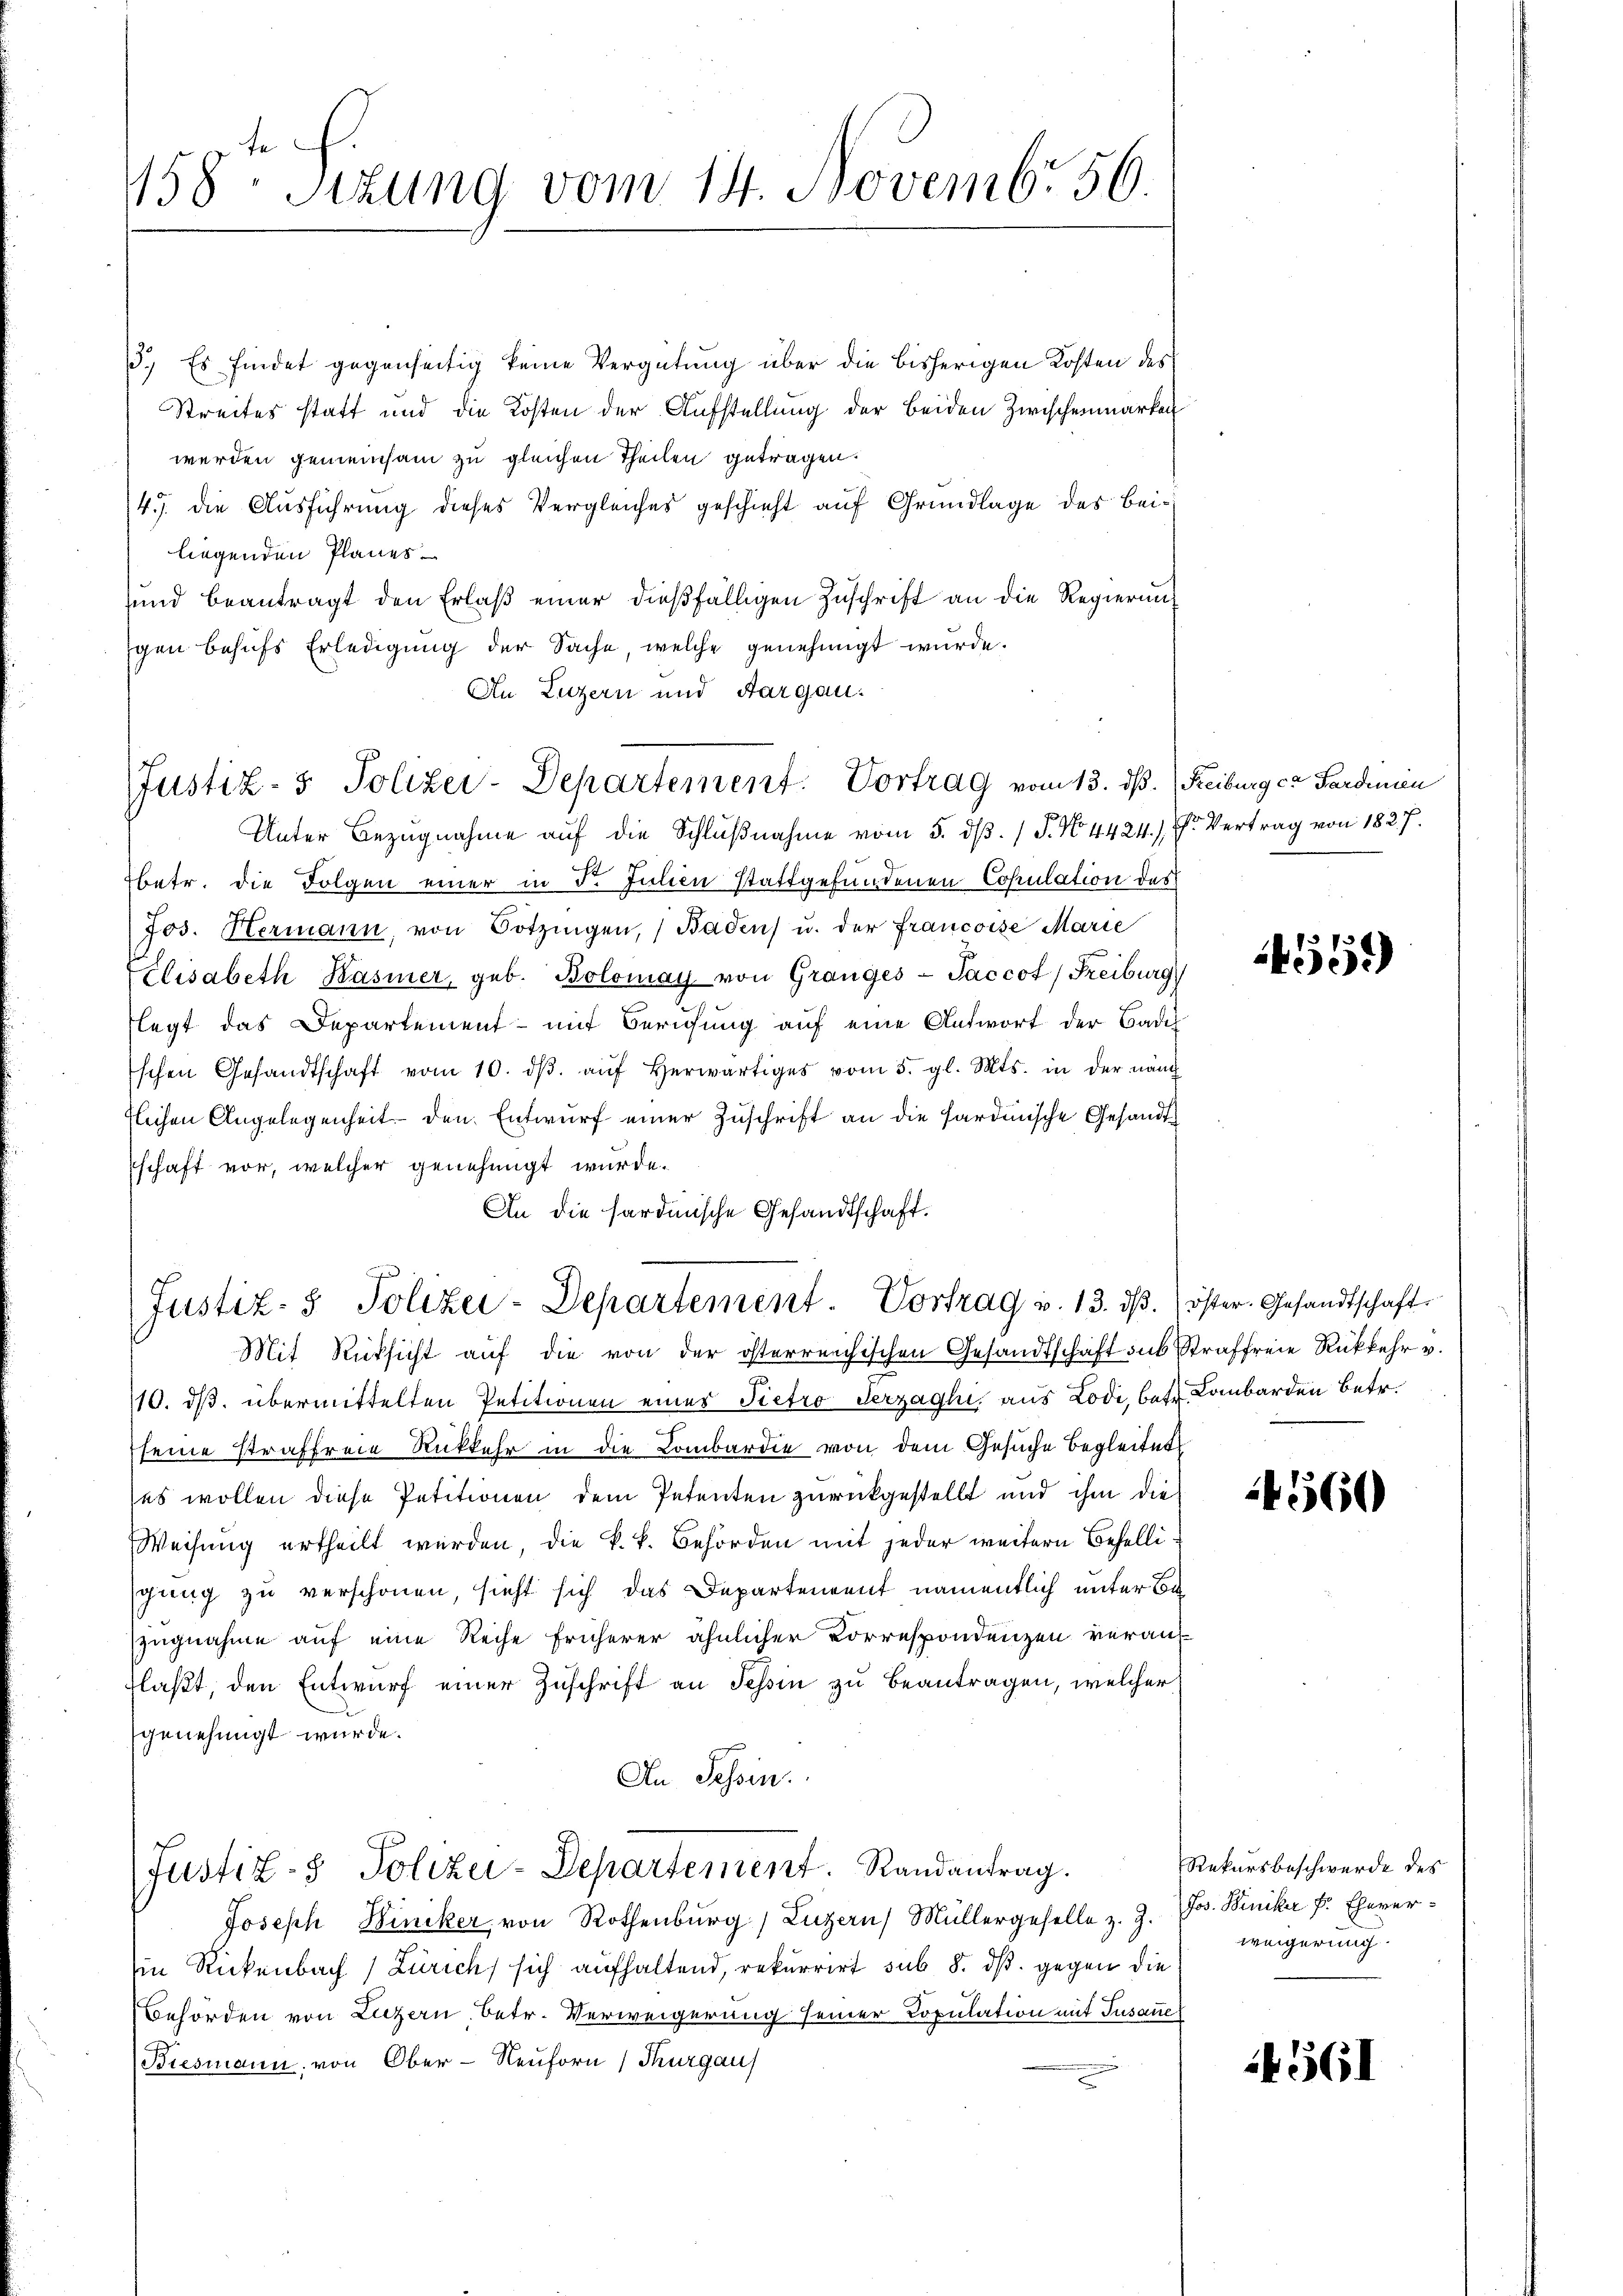
158te Sizung vom 14. Novemb. 56.

1.) Es findet gegenseitig keine Vergütung über die bisherigen Kosten des
Streites statt und die Kosten der Aufstellung der beiden Zwischenmarken
werden gemeinsam zu gleichen Theilen getragen.
4.) die Ausführung dieses Vergleiches geschieht auf Grundlage des Beiliegenden Planes
und beantragt den Erlaβ einer dießfälligen Zuschrift an die Regierung
gen behufs Erledigung der Sache, welche genehmigt wurde.
An Luzern und Aargau.

Justiz- & Polizei-Departement. Vortrag vom 13. dß. Reiburg ca Sardinien

Justiz- & Polizei-Departement. Vortrag v. 13. dβ. öster. Gesandtschaft

Unter Bezugnahme auf die Schlŭβnahme vom 5. dβ. / P. No. 4424. Vertrag von 1827.
betr. die Folgen einer in 5. Julien stattgefundenen Copulation des
Jos. Hermann, von Götzingen, Badens u. der Francoise Marie
Clisabeth Kasiner, geb. Bolomay von Granges - Saccot, Freiburg
flegt das Departement - mit Berufung auf eine Antwort der Badeh
schen Gesandtschaft vom 10. dβ aŭf herwärtiges vom 5. gl. Mts. in der näm
flichen Angelegenheit den Entwurf einer Zuschrift an die Hardinische Gesandtschaft vor, welcher genehmigt wurde.
An die hardinische Gesandtschaft.

Mit Rücksicht auf die von der österreichischen Gesandtschaft sub Straffreie Rükkehr u.
10. ds. übermittelten Petitionen eines Pietro derzaghi, aus Lodi, betr. Lombarden betr.
seine straffreie Rückkehr in die Lombardie von dem Gesuche Begleitet
ses wollen diese Petitionen dem Petenten zurückgestellt und ihm die
Weisung ertheilt werden, die k. k. Behörden mit jeder weitern Behelligung zu verschonen, sieht sich das Departenrent namentlich unter Bezugnahme auf eine Reihe früherer ähnlicher Korrespondenzen veransflaßt, den Entwurf einer Zuschrift an Tessin zu beantragen, welcher
genehmigt wurde.
An Tessin.
(Justiz- & Polizei-Departement. Randantrag.
Joseph Winiker von Rothenburg (Luzern) Müllergeselle z. Z. Jos. Winika P. Ehever¬
Ein Rückenbach Zürich, sich aufhaltend, rekurrirt sub 8. ds. gegen die
Behörden von Luzern, betr. Verweigerung seiner Copulation mit Tusaue
Biesmann, von Ober-Neuforn, Thurgau

4551)

4560

Rekursbeschwerde des
weigerung.

561